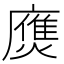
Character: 𢋗